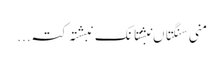
منی سنگتاں نبشتانک نبشتہ کتہ ...